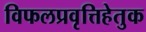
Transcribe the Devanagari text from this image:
विफलप्रवृत्तिहेतुक